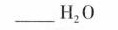
___ H _ { 2 } O$$